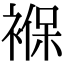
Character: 褓